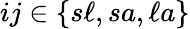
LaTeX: ij\in\{ s\ell,sa,\ell a\}